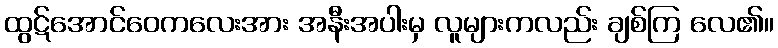
ထွဋ်အောင်ဝေကလေးအား အနီးအပါးမှ လူများကလည်း ချစ်ကြ လေ၏။